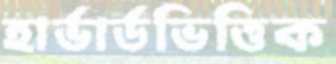
হার্ভার্ডভিত্তিক